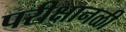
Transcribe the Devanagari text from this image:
परीक्षानळी